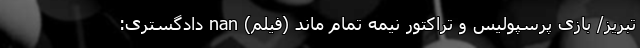
تبریز/ بازی پرسپولیس و تراکتور نیمه تمام ماند (فیلم) nan دادگستری: